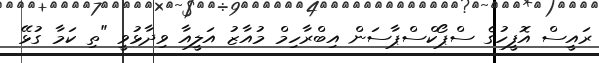
ރައީސް އޮފީހުގެ ސްޕޯކްސްޕާސަން އިބްރާހިމް މުއާޒު އަލީއާ ވިދާޅުވީ "ތި ކަމާ ގުޅޭ